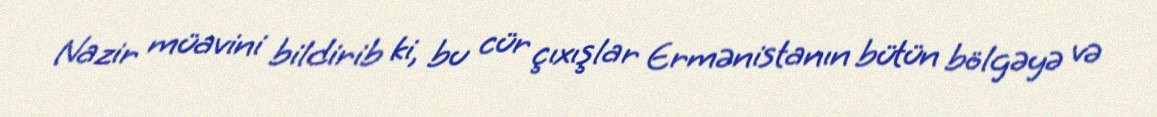
Nazir müavini bildirib ki, bu cür çıxışlar Ermənistanın bütün bölgəyə və